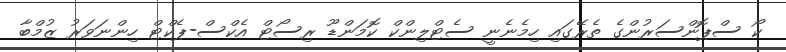
ކޯ ސްޕޮންސަރުންގެ ތެރޭގައި ހިމެނެނީ ސެޓްލިންކް ކޮމަންޑޫ ރިސޯޓް އެކްސް-ޕެކްޓް ހިންނަވަރު ޒުމްބާ